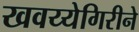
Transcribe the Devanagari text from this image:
खवय्येगिरीने